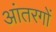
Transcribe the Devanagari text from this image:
आंतरगों